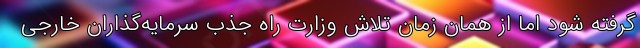
گرفته شود اما از همان زمان تلاش وزارت راه جذب سرمایه‌گذاران خارجی